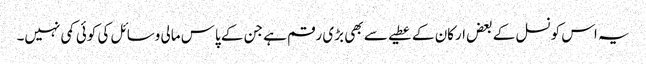
یہ اس کونسل کے بعض ارکان کے عطیے سے بھی بڑی رقم ہے جن کے پاس مالی وسائل کی کوئی کمی نہیں۔